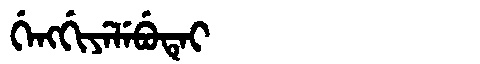
Manchu: ᡤᡝᠩᡤᡳᠶᡝᠯᡝᠪᡠᡨᡝᡳ
Romanization: GENGGIYELEBUTEI